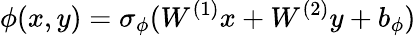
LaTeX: \phi(x,y)=\sigma_{\phi}(W^{(1)}x+W^{(2)}y+b_{\phi})